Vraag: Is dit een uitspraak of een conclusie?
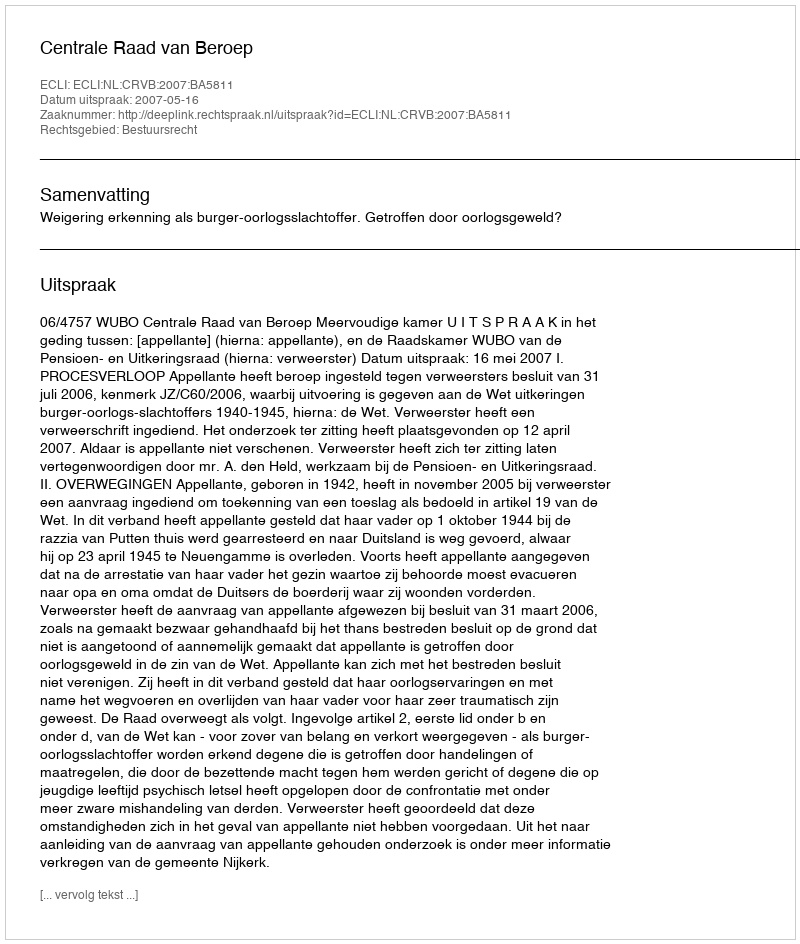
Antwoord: Uitspraak